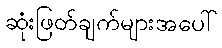
ဆုံးဖြတ်ချက်များအပေါ်